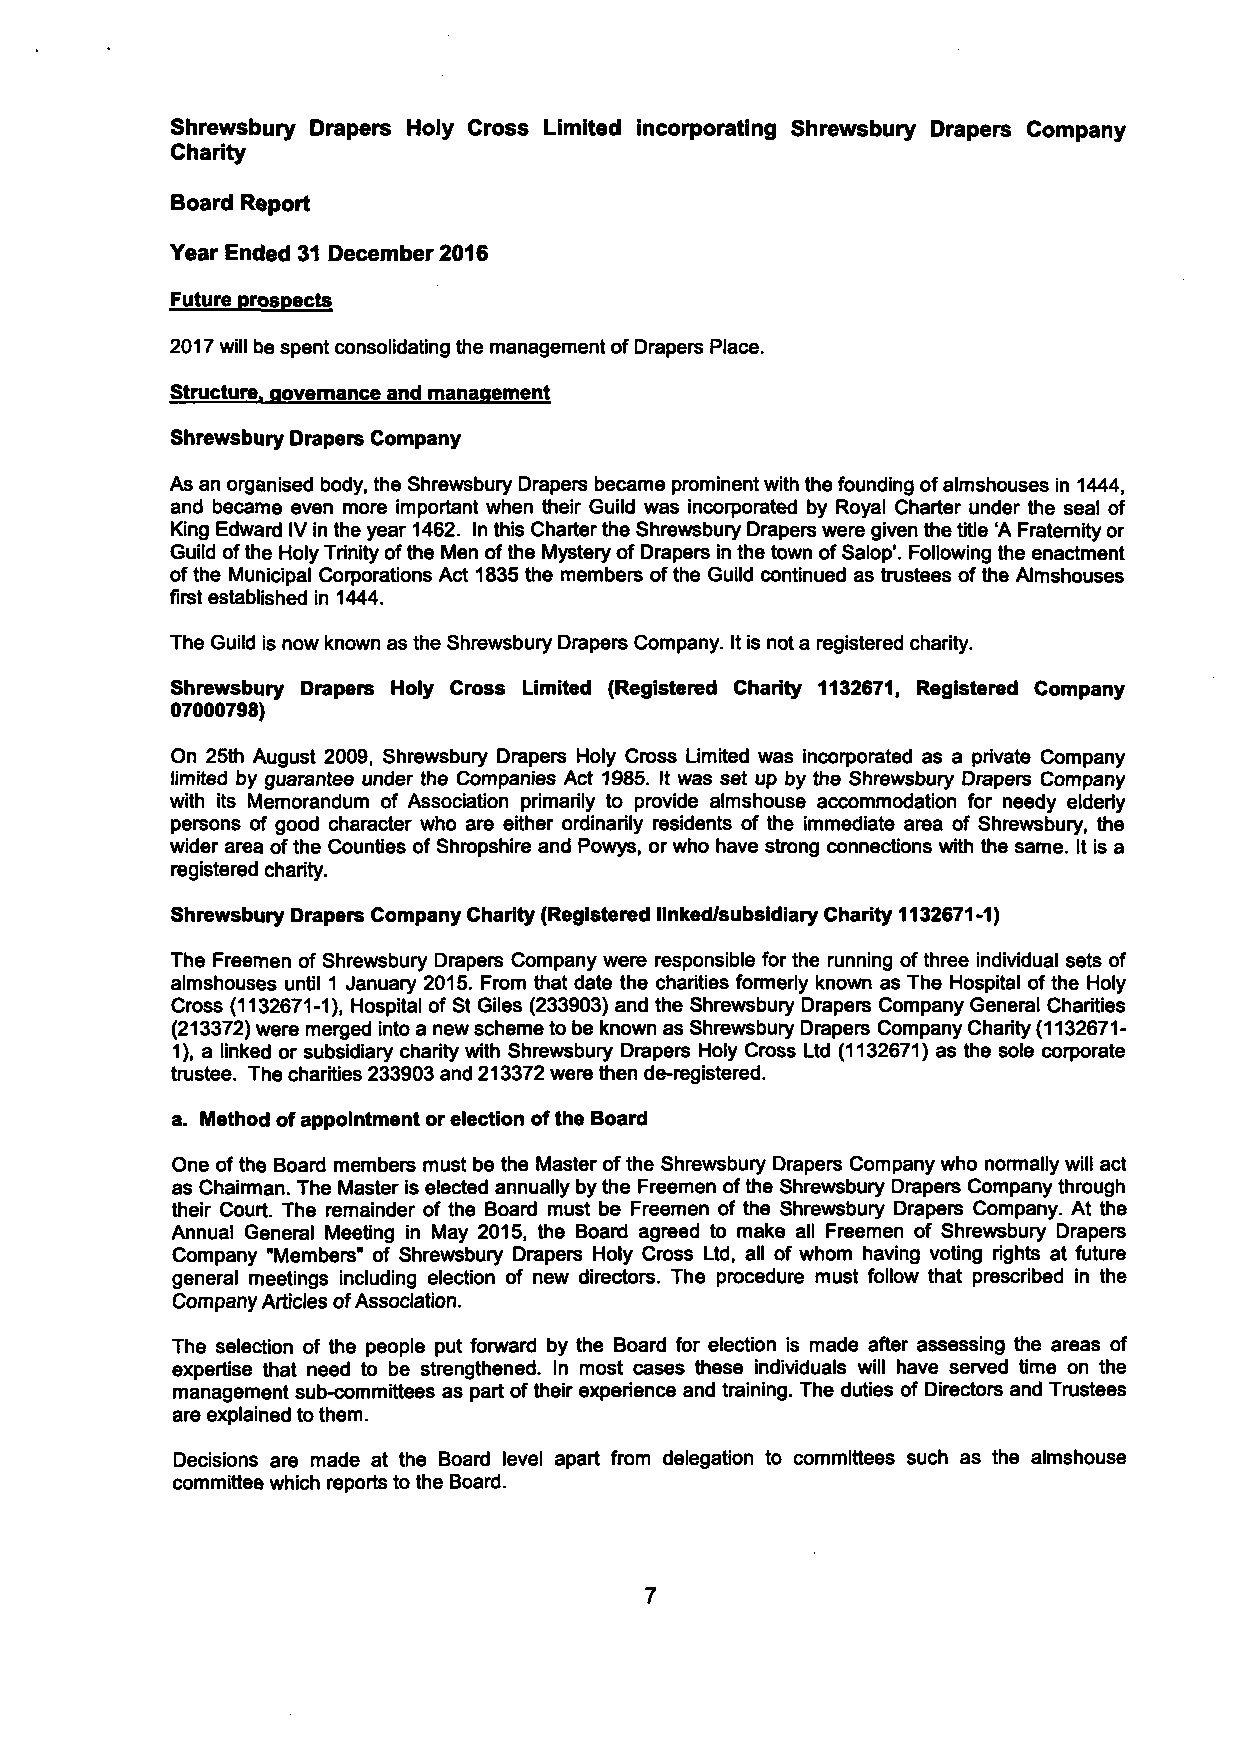
Shrewsbury Drapers Holy Cross Limited incorporating Shrewsbury Drapers Company
 Charity
 Board Report
 Year Ended 31 December 2016
 Future prospects
 2017 will be spent consolidating the management of Drapers Place.
 Structure, governance and manaqement
 Shrewsbury Drapers Company
 As an organised body, the Shrewsbury Drapers became prominent with the founding of almshouses in 1444,
 and became even more important when their Guild was incorporated by Royal Charter under the seal of
 King Edward IV in the year 1462. In this Charter the Shrewsbury Drapers were given the title 'A Fraternity or
 Guild of the Holy Trinity of the Men of the Mystery of Drapers in the town of Salop'. Following the enactment
 of the Municipal Corporations Act 1835 the members of the Guild continued as trustees of the Almshouses
 first established in 1444.
 The Guild is now known as the Shrewsbury Drapers Company. It is not a registered charity.
 Shrewsbury Drapers Holy Cross Limited (Registered Charity 1132671, Registered Company
 07000798)
 On 25th August 2009, Shrewsbury Drapers Holy Cross Limited was incorporated as a private Company
 limited by guarantee under the Companies Act 1985. It was set up by the Shrewsbury Drapers Company
 with its Memorandum of Association primarily to provide almshouse accommodation for needy elderiy
 persons of good character who are either ordinarily residents of the immediate area of Shrewsbury, the
 wider area of the Counties of Shropshire and Powys, or who have strong connections with the same. It is a
 registered charity.
 Shrewsbury Drapers Company Charity (Registered linked/subsidiary Charity 1132671-1)
 The Freemen of Shrewsbury Drapers Company were responsible for the running of three individual sets of
 almshouses until 1 January 2015. From that date the charities formerly known as The Hospital of the Holy
 Cross (1132671-1), Hospital of St Giles (233903) and the Shrewsbury Drapers Company General Charities
 (213372) were merged into a new scheme to be known as Shrewsbury Drapers Company Charity (1132671-
 1), a linked or subsidiary charity with Shrewsbury Drapers Holy Cross Ltd (1132671) as the sole corporate
 trustee. The charities 233903 and 213372 were then de-registered.
 a. Method of appointment or election of the Board
 One of the Board members must be the Master of the Shrewsbury Drapers Company who normally will act
 as Chairman. The Master is elected annually by the Freemen of the Shrewsbury Drapers Company through
 their Court. The remainder of the Board must be Freemen of the Shrewsbury Drapers Company. At the
 Annual General Meeting in May 2015, the Board agreed to make all Freemen of Shrewsbury Drapers
 Company "Members'' of Shrewsbury Drapers Holy Cross Ltd, all of whom having voting rights at future
 general meetings including election of new directors. The procedure must follow that prescribed in the
 Company Articles of Association.
 The selection of the people put forward by the Board for election is made after assessing the areas of
 expertise that need to be strengthened. In most cases these individuals will have served time on the
 management sub-committees as part of their experience and training. The duties of Directors and Trustees
 are explained to them.
 Decisions are made at the Board level apart from delegation to committees such as the almshouse
 committee which reports to the Board.
 7